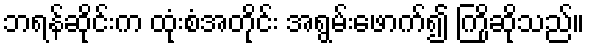
ဘရန်ဆိုင်းက ထုံးစံအတိုင်း အရွမ်းဖောက်၍ ကြိုဆိုသည်။